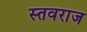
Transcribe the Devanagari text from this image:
स्तवराज